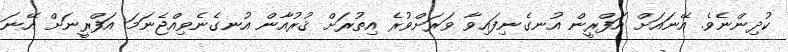
ކުދިންނެވެ. އޭނައަށް އަފްރީން އުނގެނިފައިވާ ވަރަށްވުރެ އިތުރަށް ޤުރުއާން އުނގެނެވިއްޖެނަމަ އަފްރީނަށް އޭނަ